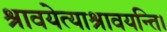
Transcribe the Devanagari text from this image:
श्रावयेत्याश्रावयन्ति।